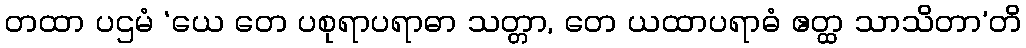
တထာ ပဌမံ ‘ယေ တေ ပစုရာပရာဓာ သတ္တာ, တေ ယထာပရာဓံ ဧတ္ထ သာသိတာ’တိ